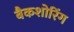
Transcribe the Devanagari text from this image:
बैकशोरिंग